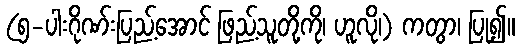
(၅-ပါးဂိုဏ်းပြည့်အောင် ဖြည့်သူတို့ကို၊ ဟူလို၊) ကတွာ၊ ပြု၍။